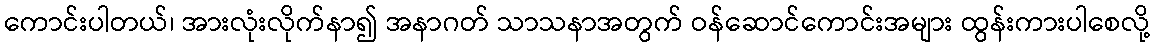
ကောင်းပါတယ်၊ အားလုံးလိုက်နာ၍ အနာဂတ် သာသနာအတွက် ဝန်ဆောင်ကောင်းအများ ထွန်းကားပါစေလို့